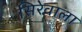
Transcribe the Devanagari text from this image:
सिरेवाला